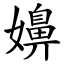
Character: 嬶